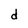
Character: d